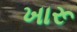
ખારૂ